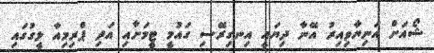
ޝޯއަށް އަނިޔާވިއިރު އޭނާ ދިޔައީ އިނގިރޭސި ގައުމީ ޓީމަށާއި އަދި ޕްރިމިއާ ލީގުގައި